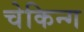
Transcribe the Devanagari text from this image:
चेकिन्ग